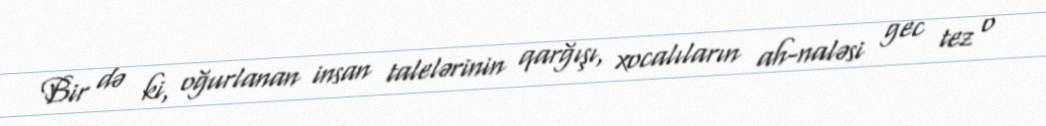
Bir də ki, oğurlanan insan talelərinin qarğışı, xocalıların ah-naləsi gec tez o